Civil Veterinary Dept. Bombay admin report 1932-41 - 1932-1941
Year: 1932
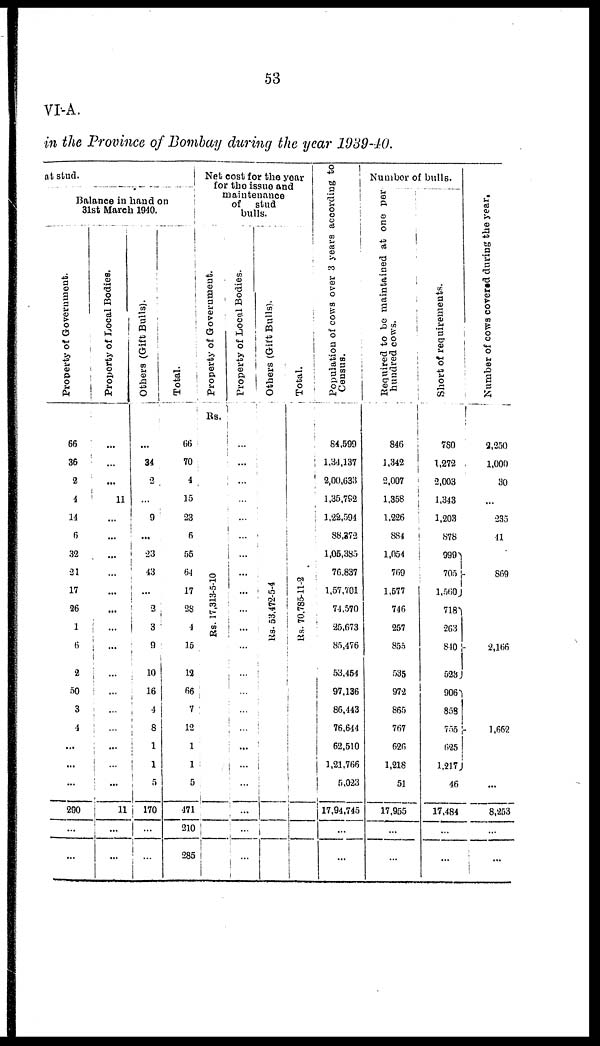
53
VI-A.
in the Province of Bombay during the year 1939-40
at stud.
Balance in hand on
31st March 1940.
Property of Government.
56
36
2
4
14
6
32
21
17
26
1
6
2
50
3
4
...
...
...
290
...
...
Property of Local Bodies.
...
...
...
11
...
...
...
...
...
...
...
...
...
...
...
...
...
...
...
11
...
...
Others (Gift Bulls).
...
34
2
...
9
...
23
43
...
2
3
9
10
16
4
8
1
1
5
170
...
...
Total.
66
70
4
15
23
6
55
64
17
28
4
15
12
66
7
12
1
1
5
471
210
285
Net cost for the year
for the issue and
maintenance
of
stud
bulls.
Property of Government.
Rs.
Rs. 17,313-5-10
Property of Local Bodies.
...
...
...
...
...
...
...
...
...
...
...
...
...
...
...
...
...
...
...
...
...
...
Others (Gift Bulls).
Rs.
53,472-5-4
Total.
Rs. 70.785-11-2
Population of cows over 3 years according to
Census.
84,599
1,34,137
2,00,633
1,35,792
1,22,594
88,272
1,05,385
76,837
1,57,701
74,570
25,673
85,476
53,454
97,136
86,443
76,644
62,510
l,21,766
5,023
17,94,745
...
...
Number of bulls.
Required to be maintained at one per
hundred cows.
846
1,342
2,007
1,358
1,226
884
1,054
769
1,577
746
257
855
535
972
865
767
626
1,218
51
17,955
...
...
Short of requirements.
780
1,272
2,003
1,343
1,203
878
999
705
1,560
718
263
840
523
906
858
755
625
1,217
46
17,484
...
...
Number of c ows covered during th
2,250
1,000
30
...
235
41
.
869
2,166
1,662
...
8,253
...
...